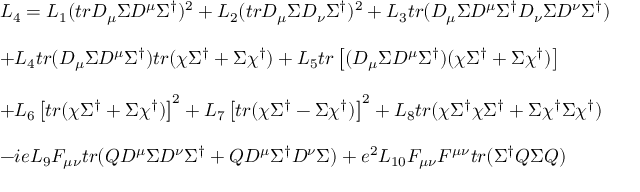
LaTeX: \begin{array} { l } { { { \cal L } _ { 4 } = L _ { 1 } ( t r D _ { \mu } \Sigma D ^ { \mu } \Sigma ^ { \dagger } ) ^ { 2 } + L _ { 2 } ( t r D _ { \mu } \Sigma D _ { \nu } \Sigma ^ { \dagger } ) ^ { 2 } + L _ { 3 } t r ( D _ { \mu } \Sigma D ^ { \mu } \Sigma ^ { \dagger } D _ { \nu } \Sigma D ^ { \nu } \Sigma ^ { \dagger } ) } } \\ { { \ } } \\ { { + L _ { 4 } t r ( D _ { \mu } \Sigma D ^ { \mu } \Sigma ^ { \dagger } ) t r ( \chi \Sigma ^ { \dagger } + \Sigma \chi ^ { \dagger } ) + L _ { 5 } t r \left[ ( D _ { \mu } \Sigma D ^ { \mu } \Sigma ^ { \dagger } ) ( \chi \Sigma ^ { \dagger } + \Sigma \chi ^ { \dagger } ) \right] } } \\ { { \ } } \\ { { + L _ { 6 } \left[ t r ( \chi \Sigma ^ { \dagger } + \Sigma \chi ^ { \dagger } ) \right] ^ { 2 } + L _ { 7 } \left[ t r ( \chi \Sigma ^ { \dagger } - \Sigma \chi ^ { \dagger } ) \right] ^ { 2 } + L _ { 8 } t r ( \chi \Sigma ^ { \dagger } \chi \Sigma ^ { \dagger } + \Sigma \chi ^ { \dagger } \Sigma \chi ^ { \dagger } ) } } \\ { { \ } } \\ { { - i e L _ { 9 } F _ { \mu \nu } t r ( Q D ^ { \mu } \Sigma D ^ { \nu } \Sigma ^ { \dagger } + Q D ^ { \mu } \Sigma ^ { \dagger } D ^ { \nu } \Sigma ) + e ^ { 2 } L _ { 1 0 } F _ { \mu \nu } F ^ { \mu \nu } t r ( \Sigma ^ { \dagger } Q \Sigma Q ) } } \end{array}